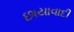
છાયાવાદી